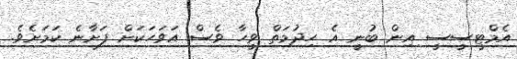
އެމްޓީސީސީ އިން ބުނީ އެ ހިދުމަތް ވީހާ ވެސް އަވަހަކަށް ފަށާނެ ކަމަށެވެ.